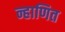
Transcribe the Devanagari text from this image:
न्हाणित